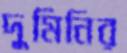
দুমিনির